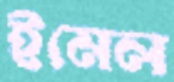
ইমেল